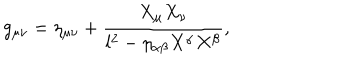
LaTeX: g _ { \mu \nu } = \eta _ { \mu \nu } + \frac { X _ { \mu } X _ { \nu } } { l ^ { 2 } - \eta _ { \alpha \beta } X ^ { \alpha } X ^ { \beta } } ,